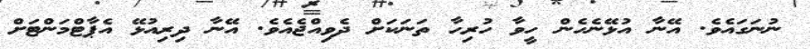
ނުނަގައެވެ. އޭނާ އުޅޭނެހެން ހީވާ ހުރިހާ ތަނަކަށް ދެވިއްޖެއެވެ. އޭނާ ދިރިއުޅޭ އެޕާޓްމަންޓަށް